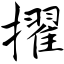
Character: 擢